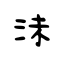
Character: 沬